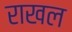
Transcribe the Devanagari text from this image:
राखल